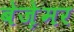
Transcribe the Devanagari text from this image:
बेज़ेमर